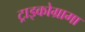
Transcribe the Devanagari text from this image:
ट्राइकोग्रामा